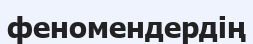
феномендердің